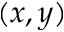
( x , y )